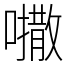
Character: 𫬒